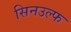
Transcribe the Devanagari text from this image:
सिनउल्फ